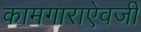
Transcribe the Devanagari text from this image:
कामगाराऐवजी